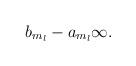
LaTeX: \begin{align*}b_{m_{l}}-a_{m_{l}}\-\infty. \end{align*}